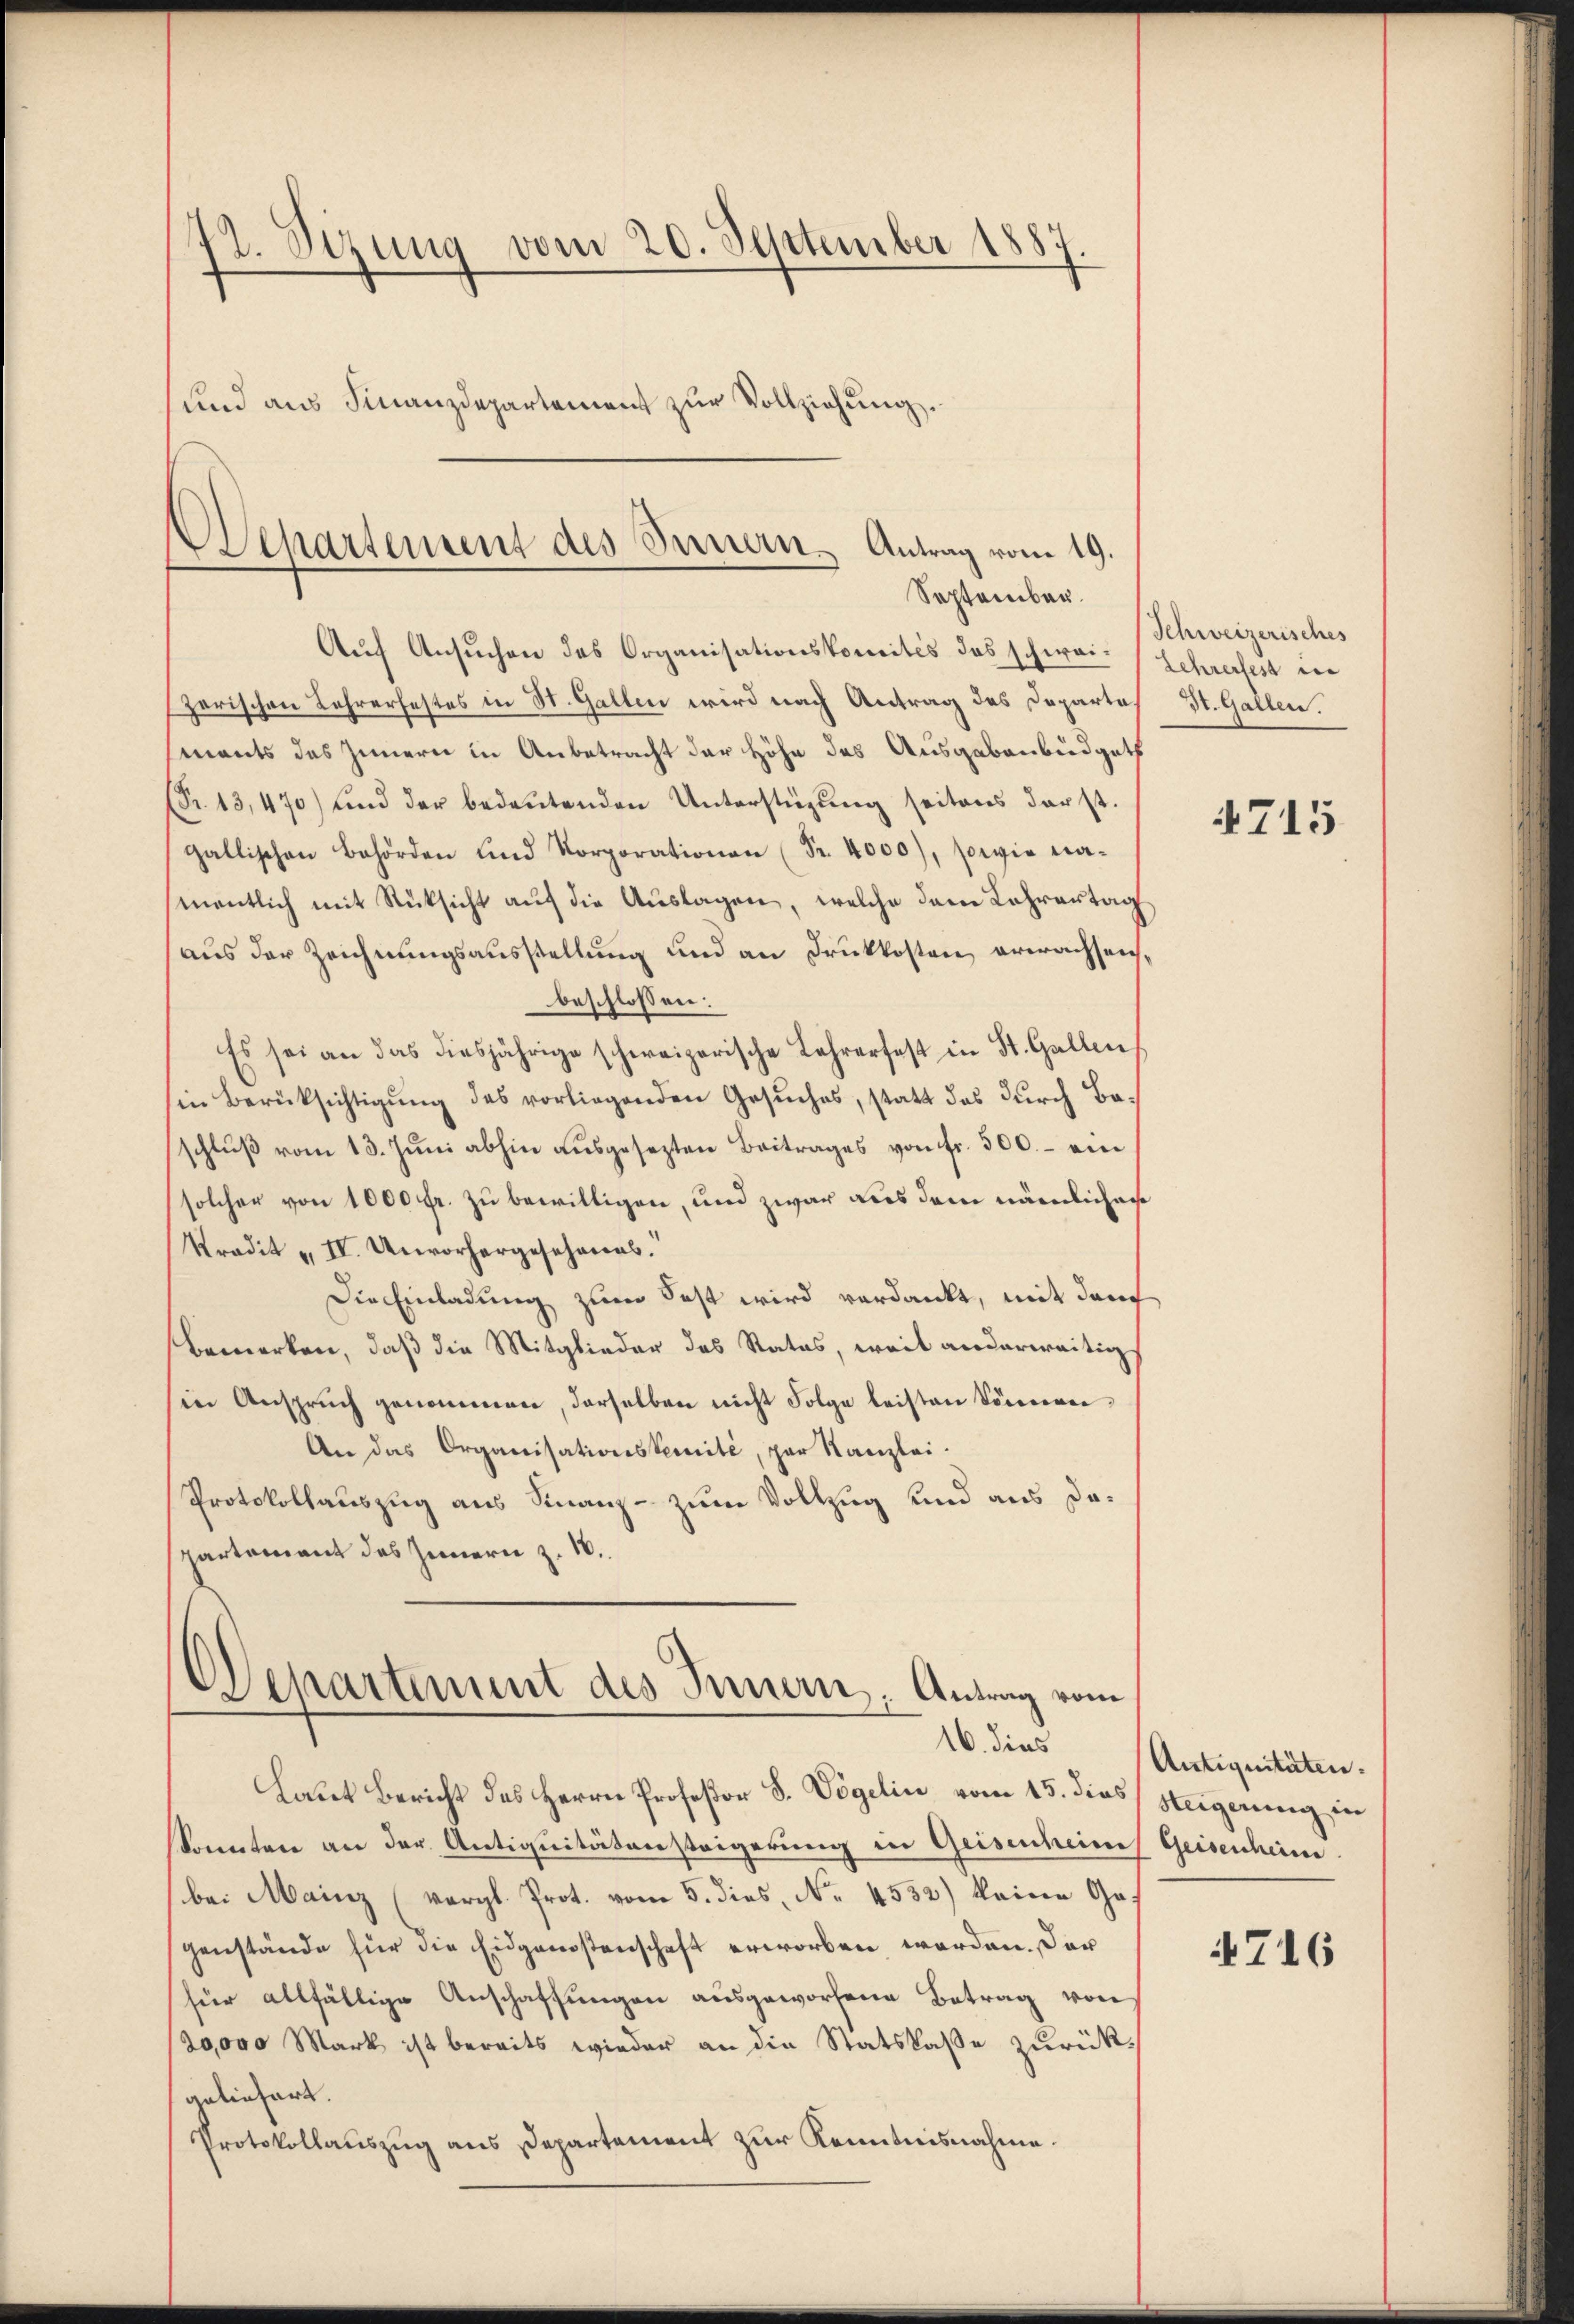
72. Sizung vom 20. September 1887.
und aus Finanzdepartement zur Vollziehung.

Departement des Sennern Antrag vom 19.
September.

Auf Ansuchen des Organisationskomités das schwei- Lehrerfest in
zerischen Lehrerfestes in St. Gallen wird nach Antrag des Departe
mants das Innern in Anbetracht der Höhe des Ausgabenbüdgets
(Nr. 13,470) und der bedeŭtenden Unterstützŭng seitens darst.
gallischen Behörden und Korporationen (Fr. 4000), sowie namentlich mit Rücksicht auf die Auslagen, welche dem Lehrertag
aus der Zeichnungsausstellung und an Druckkosten, erwachsenbeschlossen:
Es sei an das diesjährige schweizerische Lehrerfest in St. Gallen
in Berücksichtigung des vorliegenden Gesuches, statt des durch Baschlŭβ vom 13. Juni abhin ausgesezten Beitrages von fr. 500.- ein
solcher von 1000 fr. zu bewilligen, und zwar aus dem nämlichen
Kradit u. II. Unvorhergesehenes.
Die Einladung zum Fest wird verdankt, mit dem
Bemerken, daß die Mitglieder des Status, weit anderweitig
in Ansprŭch genommen, derselben nicht Folge leisten Sonneren,
An das Organisationsternité, par Kanzlei.
Protokollauszug aus Finanz- zum Vollzug und aus Dopartement des Innern z. 18.

Departement des Innern, Antrag vom
10. dies

Laut Bericht des Herrn Profeßor S. Vögelin vom 15. dies
konnten an der Antiquitätensteigerung in Geisenheim Geisenheim.
be. Mainz (vergl. Prot. vom 5. dies, No. 4532) keine Gegenstände für die Eidgenostenschaft erworben werden. Der
für allfällige Anschaffungen ausgeworfene Betrag von
20,000 Mark ist bereits wieder an die Statskasse zurückanliefert.
Protokollauszug aus Departement zur Kenntnisnahme.

Schweizerisches
St. Gallen.

4715

Antiquitäten.
Heigerung in

716